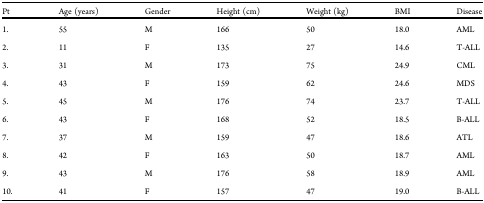
<table><thead><tr><td><b>Pt</b></td><td><b>Age (years)</b></td><td><b>Gender</b></td><td><b>Height (cm)</b></td><td><b>Weight (kg)</b></td><td><b>BMI</b></td><td><b>Disease</b></td></tr></thead><tbody><tr><td>1.</td><td>55</td><td>M</td><td>166</td><td>50</td><td>18.0</td><td>AML</td></tr><tr><td>2.</td><td>11</td><td>F</td><td>135</td><td>27</td><td>14.6</td><td>T-ALL</td></tr><tr><td>3.</td><td>31</td><td>M</td><td>173</td><td>75</td><td>24.9</td><td>CML</td></tr><tr><td>4.</td><td>43</td><td>F</td><td>159</td><td>62</td><td>24.6</td><td>MDS</td></tr><tr><td>5.</td><td>45</td><td>M</td><td>176</td><td>74</td><td>23.7</td><td>T-ALL</td></tr><tr><td>6.</td><td>43</td><td>F</td><td>168</td><td>52</td><td>18.5</td><td>B-ALL</td></tr><tr><td>7.</td><td>37</td><td>M</td><td>159</td><td>47</td><td>18.6</td><td>ATL</td></tr><tr><td>8.</td><td>42</td><td>F</td><td>163</td><td>50</td><td>18.7</td><td>AML</td></tr><tr><td>9.</td><td>43</td><td>M</td><td>176</td><td>58</td><td>18.9</td><td>AML</td></tr><tr><td>10.</td><td>41</td><td>F</td><td>157</td><td>47</td><td>19.0</td><td>B-ALL</td></tr></tbody></table>